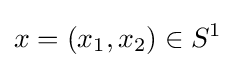
x=(x_{1},x_{2})\in S^{1}